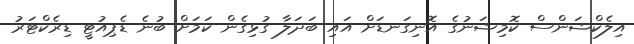
އިލެކްޝަންސް ކޮމިޝަނުގެ އޮނިގަނޑަށް އައި ބަދަލާ ގުޅިގެން ކަމަށް ބުނެ ޑެޕިއުޓީ ޑިރެކްޓަރު